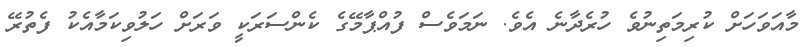
މާއަވަހަށް ކުރިމަތިނުވެ ހުރެދާނެ އެވެ. ނަމަވެސް ފުއްޕާމޭގެ ކެންސަރަކީ ވަރަށް ހަލުވިކަމާއެކު ފެތުރޭ